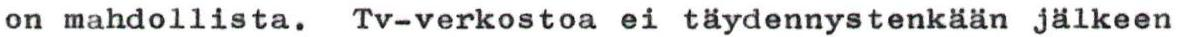
on mahdollista. Tv-verkostoa ei täydennystenkään jälkeen